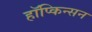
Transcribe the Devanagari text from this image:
हॉप्किन्सन